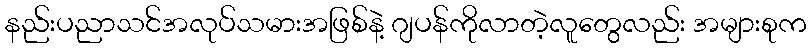
နည်းပညာသင်အလုပ်သမားအဖြစ်နဲ့ ဂျပန်ကိုလာတဲ့လူတွေလည်း အများစုက